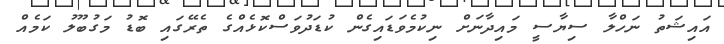
އައިޝަތު ނަހްލާ ސިޔާސީ މައިދާނަށް ނިކުމެވަޑައިގެން ކުޑަދުވަސްކޮޅެއްގެ ތެރޭގައި ބޮޑު މަގުބޫލު ކަމެއް